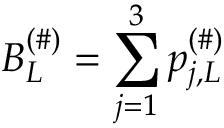
B _ { L } ^ { ( \# ) } = \sum _ { j = 1 } ^ { 3 } p _ { j , L } ^ { ( \# ) }